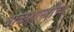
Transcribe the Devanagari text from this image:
बाळशास्त्रींच्या